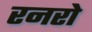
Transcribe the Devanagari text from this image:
रनरो